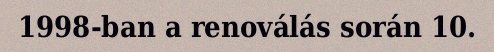
1998-ban a renoválás során 10.